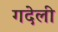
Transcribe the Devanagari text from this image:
गदेली